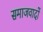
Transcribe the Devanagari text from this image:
समाजवादों